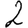
Digit: 2